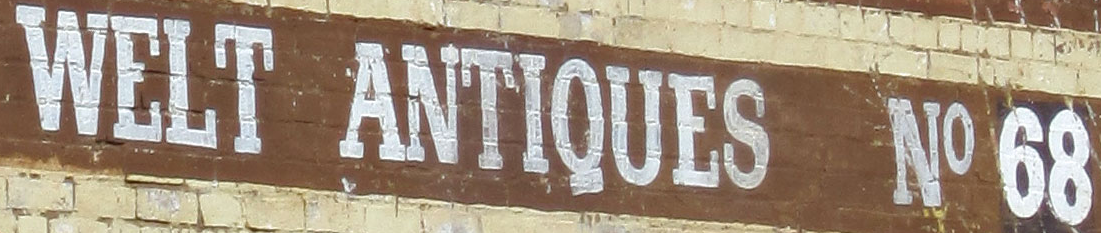
WELT ANTIQUES NO68